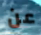
عن